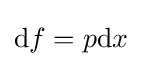
\mathrm {d} f=p\mathrm {d} x